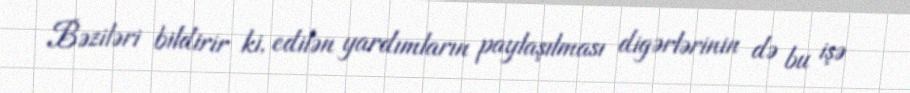
Bəziləri bildirir ki, edilən yardımların paylaşılması digərlərinin də bu işə